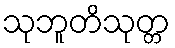
သုဘူတိသုတ္တ